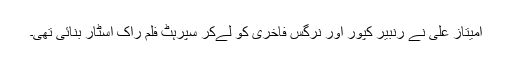
امیتاز علی نے رنبیر کپور اور نرگس فاخری کو لےکر سپرہٹ فلم راک اسٹار بنائی تھی۔